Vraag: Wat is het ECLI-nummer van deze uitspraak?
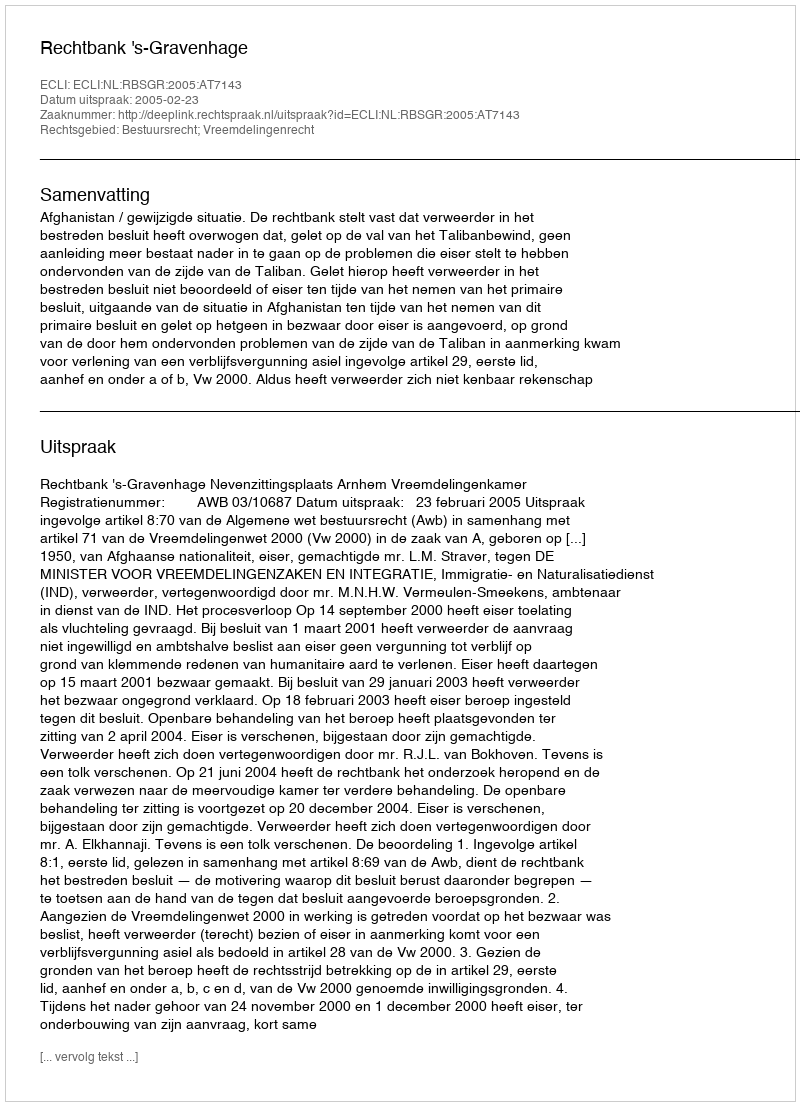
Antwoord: ECLI:NL:RBSGR:2005:AT7143